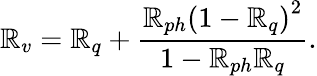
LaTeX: \mathbb{R}_{v}=\mathbb{R}_{q}+\frac{{\mathbb{R}_{ph}\left(1-\mathbb{R}_{q}\right)^{2}}}{{1-\mathbb{R}_{ph}\mathbb{R}_{q}}}.